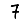
Digit: 7